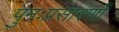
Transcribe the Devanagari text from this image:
पुनःप्रसारणों